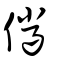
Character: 儠